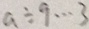
a \div 9 \cdots 3